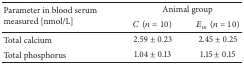
| <ROWSPAN=2> Parameter in blood serum measured [nmol/L] | <COLSPAN=2> Animal group |
 | C(n = 10) | Em(n = 10) |
 | --- | --- | --- |
 | Total calcium | 2.59 ± 0.23 | 2.45 ± 0.25 |
 | Total phosphorus | 1.04 ± 0.13 | 1.15 ± 0.15 |